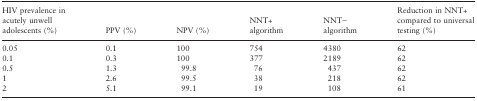
| HIV prevalence in acutely unwell adolescents (%) | PPV (%) | NPV (%) | NNT+ algorithm | NNT− algorithm | Reduction in NNT+ compared to universal testing (%) |
 | --- | --- | --- | --- | --- | --- |
 | 0.05 | 0.1 | 100 | 754 | 4380 | 62 |
 | 0.1 | 0.3 | 100 | 377 | 2189 | 62 |
 | 0.5 | 1.3 | 99.8 | 76 | 437 | 62 |
 | 1 | 2.6 | 99.5 | 38 | 218 | 62 |
 | 2 | 5.1 | 99.1 | 19 | 108 | 61 |